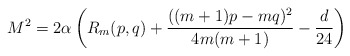
\begin{align*}M^2 = 2\alpha\left( R_m(p,q) + {((m+1)p - m q )^2 \over 4m(m+1)} - {d\over 24}\right)\end{align*}